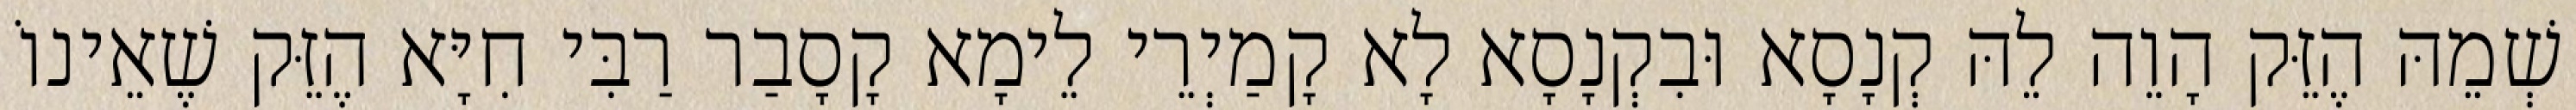
שְׁמֵהּ הֶזֵּק הָוֵה לֵהּ קְנָסָא וּבִקְנָסָא לָא קָמַיְרֵי לֵימָא קָסָבַר רַבִּי חִיָּא הֶזֵּק שֶׁאֵינוֹ